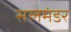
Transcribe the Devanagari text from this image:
सलमंडर